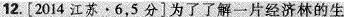
12.[2014江苏·6，5分]为了了解一片经济林的生